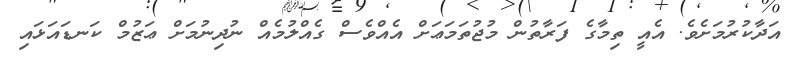
އަދާކުރުމަށެވެ. އެއީ ތިމާގެ ފަރާތުން މުޖުތަމަޢަށް އެއްވެސް ގެއްލުމެއް ނުދިނުމަށް ޢަޒުމް ކަނޑައަޅައި